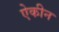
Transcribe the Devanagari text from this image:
ऐकीन